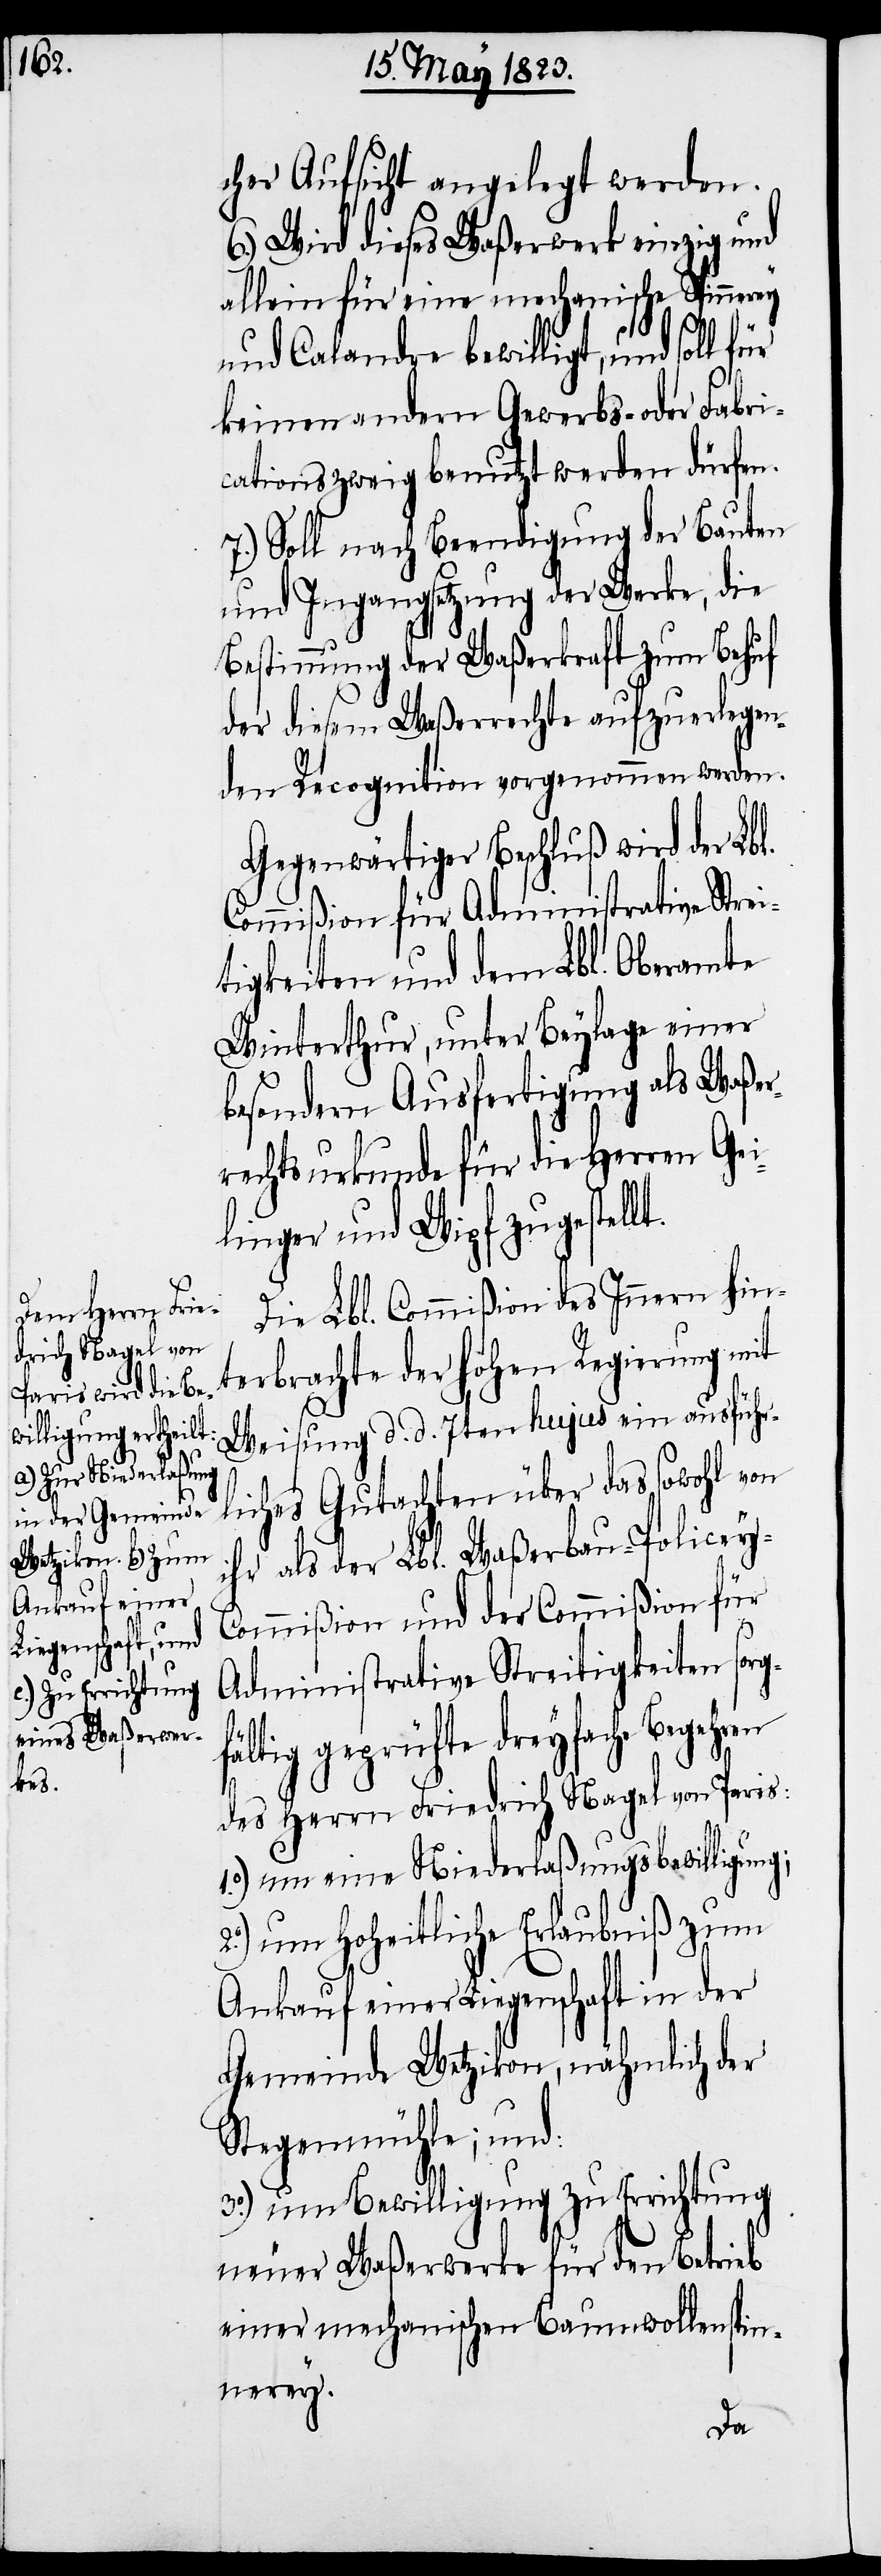
cher Aufsicht angelegt werden.
6.) Wird dieses Waßerwerk einzig und
allein für eine mechanische Spinnerey
und Calandre bewilligt, und soll für
keinen andern Gewerbs- oder Fabri¬
cationszweig benutzt werden dürfen.
7.) Soll nach Beendigung der Bauten
und Ingangsetzung der Werke, die
Bestimmung der Waßerkraft zum Behuf
der diesem Waßerrechte aufzuerlegen¬
den Recognition vorgenommen werden.
Gegenwärtiger Beschluß wird der Lbl.
Commißion für Administrative Strei¬
tigkeiten und dem Lbl. Oberamte
Winterthur, unter Beylage einer
besondern Ausfertigung als Waßer¬
rechtsurkunde für die Herren Gei¬
linger und Wipf zugestell¬
t.
Die Lbl. Commißion des Innern hint¬
erbrachte der hohen Regierung mit
Weisung d. d. 7ten hujus ein ausführ¬
liches Gutachten über das sowohl von
ihr als der Lbl. Waßerbau-Policey-C¬
ommißion und der Commißion für
Administrative Streitigkeiten sor¬
ltig geprüfte dreyfache Begehren
des Herrn Friedrich Nagel von Paris:
1.°) um eine Niederlaßungsbewilligung;
um hoheitliche Erlaubniß zum
Ankauf einer Liegenschaft in der
Gemeinde Wetzikon, nähmlich der
Stegenmühle; und:
3.°) um Bewilligung zu Errichtung
neuer Waßerwerke für den Betrieb
einer mechanischen Baumwollenspin¬
nerey.
gfä¬